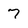
Character: 7